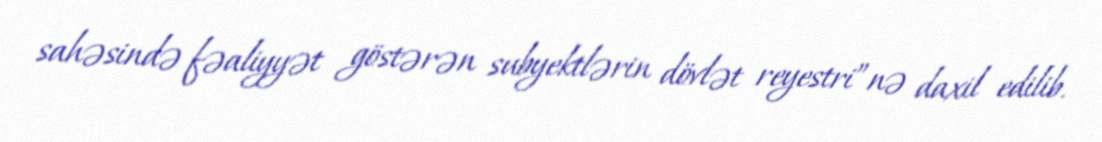
sahəsində fəaliyyət göstərən subyektlərin dövlət reyestri”nə daxil edilib.